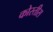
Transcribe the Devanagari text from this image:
कोस्तीस